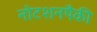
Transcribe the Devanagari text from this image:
नोटशनपैकी